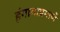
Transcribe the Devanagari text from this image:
हंगामाप्रमाणे